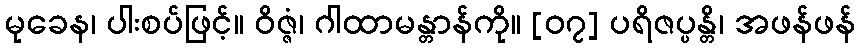
မုခေန၊ ပါးစပ်ဖြင့်။ ဝိဇ္ဇံ၊ ဂါထာမန္တာန်ကို။ [၀၇] ပရိဇပ္ပန္တိ၊ အဖန်ဖန်